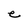
Character: e